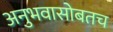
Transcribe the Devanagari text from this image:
अनुभवासोबतच